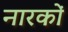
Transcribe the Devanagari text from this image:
नारकों